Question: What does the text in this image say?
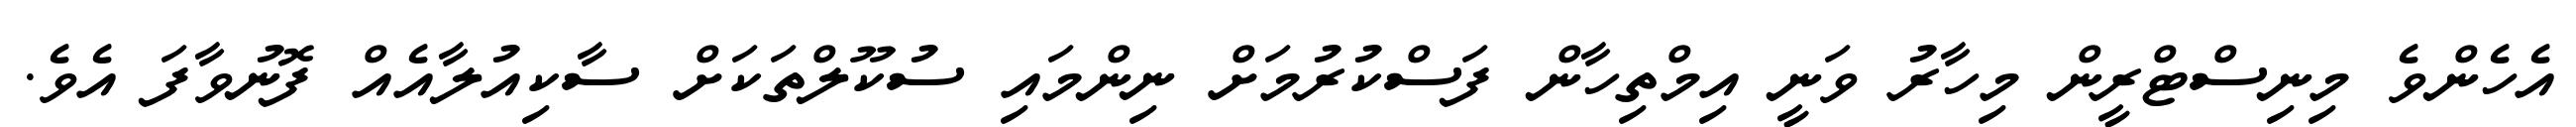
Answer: އެހެންވެ މިނިސްޓްރީން މިހާރު ވަނީ އިމްތިހާން ފަސްކުރުމަށް ނިންމައި ސުކޫލްތަކަށް ސާކިއުލާއެއް ފޮނުވާފަ އެވެ.